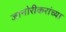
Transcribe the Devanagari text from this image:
जानोरीकरांच्या